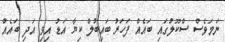
ނަމަވެސް ސްކޫލުގައި ބައެއް ފަހަރު ބައިބުލް ކިޔާ އަޑު އިވި އަދި ބައެއް